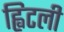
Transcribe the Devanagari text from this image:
ह्विटली